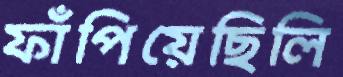
ফাঁপিয়েছিলি